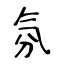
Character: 氛